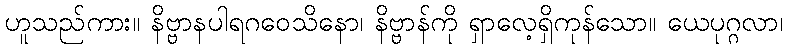
ဟူသည်ကား။ နိဗ္ဗာနပါရဂဝေသိနော၊ နိဗ္ဗာန်ကို ရှာလေ့ရှိကုန်သော။ ယေပုဂ္ဂလာ၊